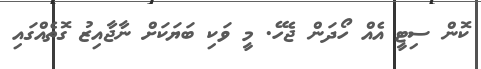
ކޮން ސިޓީ އެއް ހޯދަން ޖެހޭ. މީ ވަކި ބަޔަކަށް ނާޖާއިޒު ގޮތެއްގައި